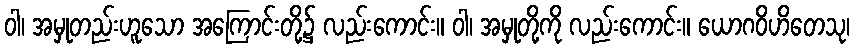
ဝါ၊ အမှုတည်းဟူသော အကြောင်းတို့၌ လည်းကောင်း။ ဝါ၊ အမှုတို့ကို လည်းကောင်း။ ယောဂဝိဟိတေသု၊